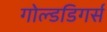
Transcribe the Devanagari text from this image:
गोल्डडिगर्स